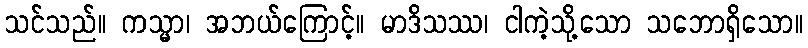
သင်သည်။ ကသ္မာ၊ အဘယ်ကြောင့်။ မာဒိသဿ၊ ငါကဲ့သို့သော သဘောရှိသော။